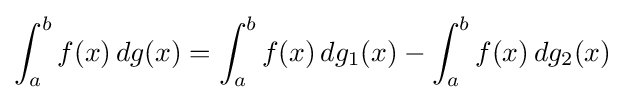
\int _{a}^{b}f(x)\,dg(x)=\int _{a}^{b}f(x)\,dg_{1}(x)-\int _{a}^{b}f(x)\,dg_{2}(x)